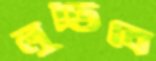
লুটিবে